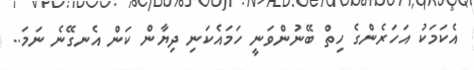
އެކަމަކު އަހަރެންގެ ހިތް ބޭނުންވަނީ ހަމައެކަނި ދިޔާން ކަން އެނގޭނެ ނަމަ..